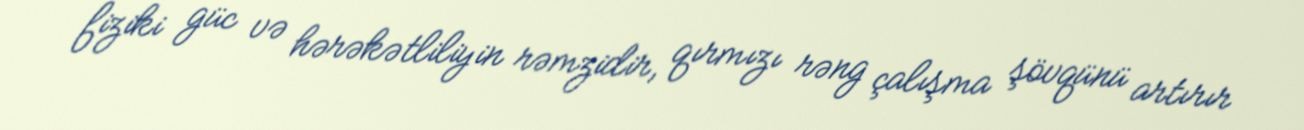
fiziki güc və hərəkətliliyin rəmzidir, qırmızı rəng çalışma şövqünü artırır